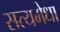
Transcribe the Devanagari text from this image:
सत्यमेधा